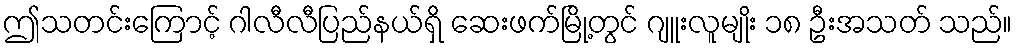
ဤသတင်းကြောင့် ဂါလီလီပြည်နယ်ရှိ ဆေးဖက်မြို့တွင် ဂျူးလူမျိုး ၁၈ ဦးအသတ် သည်။